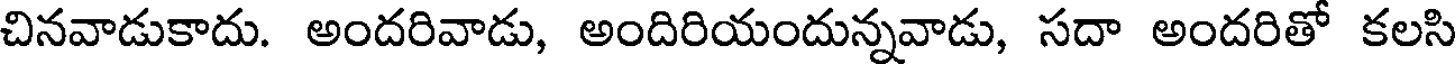
చినవాడుకాదు. అందరివాడు, అందిరియందున్నవాడు, సదా అందరితో కలసి